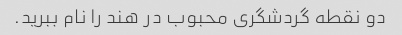
دو نقطه گردشگری محبوب در هند را نام ببرید.